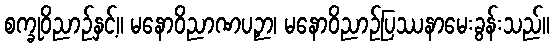
စက္ခုဝိညာဉ်နှင့်။ မနောဝိညာဏပဉှာ၊ မနောဝိညာဉ်ပြဿနာမေးခွန်းသည်။